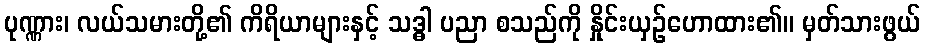
ပုဏ္ဏား၊ လယ်သမားတို့၏ ကိရိယာများနှင့် သဒ္ဓါ ပညာ စသည်ကို နှိုင်းယှဉ်ဟောထား၏။ မှတ်သားဖွယ်